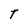
Character: T